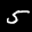
Label: 5